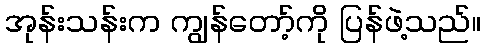
အုန်းသန်းက ကျွန်တော့်ကို ပြန်ဖဲ့သည်။